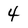
Character: 4